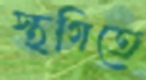
স্থগিতে